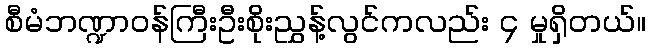
စီမံဘဏ္ဍာဝန်ကြီးဦးစိုးညွှန့်လွင်ကလည်း ၄ မှုရှိတယ်။